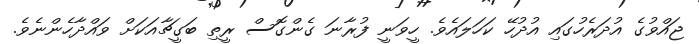
ޖައްވުގެ އުދަރެހުގައި އުދުހޭ ކަހަލައެވެ. ހީވަނީ ފުރާނަ ގެންގޮސް ރީތި ބަގީޗާއަކަށް ވައްދާހެންނެވެ.